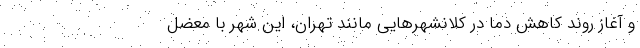
و آغاز روند کاهش دما در کلانشهرهایی مانند تهران، این شهر با معضل